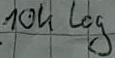
Text: 10k log